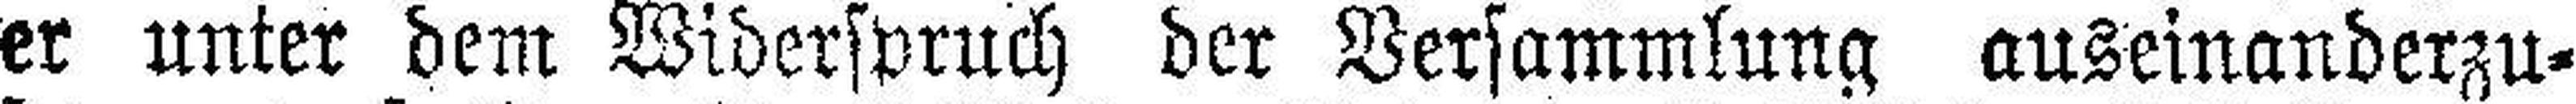
er unter dem Widerspruch der Versammlung auseinanderzu¬